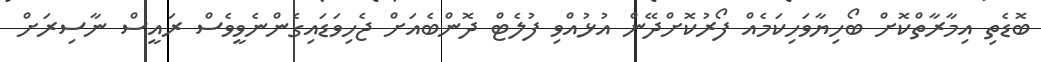
ބޮޑެތި އިމާރާތްކޮށް ބޯހިޔާވަހިކަމެއް ފޯރުކޮށްދޭން އުޅުއްވި ފުލެޓް ދޮންބެއަށް ޖެހިވަޑައިގެންނެވީވެސް ރައީސް ނާސިރަށް